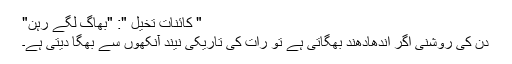
" کائناتِ تخیل ": "بھاگ لگے رہن"
دن کی روشنی اگر اندھادھند بھگاتی ہے تو رات کی تاریکی نیند آنکھوں سے بھگا دیتی ہے۔